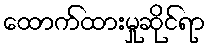
ထောက်ထားမှုဆိုင်ရာ